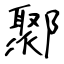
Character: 鄹